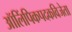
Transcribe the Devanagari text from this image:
ऑलिंपिकपदकविजेता